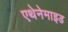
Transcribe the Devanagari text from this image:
एथेनेमाइड